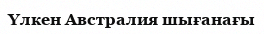
Үлкен Австралия шығанағы